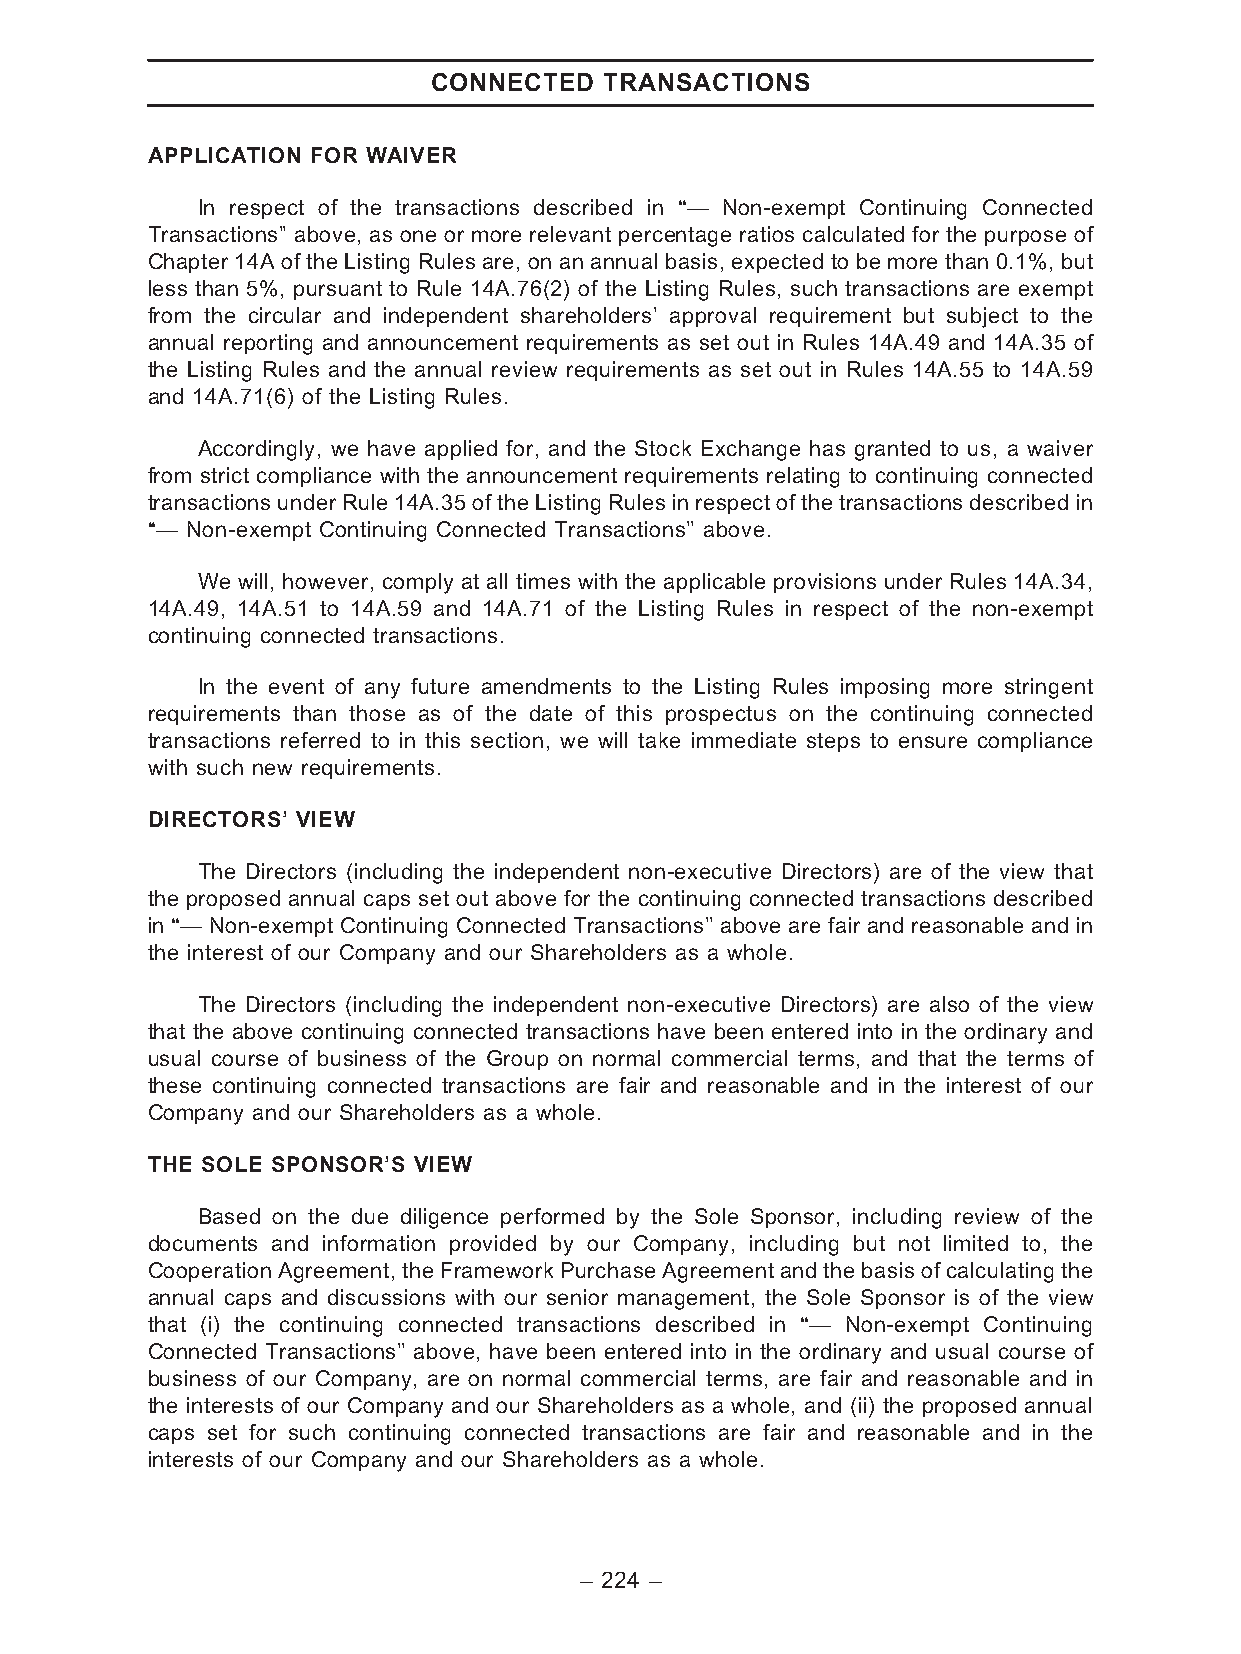
CONNECTED  TRANSACTIONS
 APPLICATION FOR WAIVER
 In respect of the transactions described in ‘‘— Non-exempt Continuing Connected
 Transactions’’ above, as one or more relevant percentage ratios calculated for the purpose of
 Chapter 14A of the Listing Rules are, on an annual basis, expected to be more than 0.1%, but
 less than 5%, pursuant to Rule 14A.76(2) of the Listing Rules, such transactions are exempt
 from the circular and independent shareholders’ approval requirement but subject to the
 annual reporting and announcement requirements as set out in Rules 14A.49 and 14A.35 of
 the Listing Rules and the annual review requirements as set out in Rules 14A.55 to 14A.59
 and 14A.71(6) of the Listing Rules.
 Accordingly, we have applied for, and the Stock Exchange has granted to us, a waiver
 from strict compliance with the announcement requirements relating to continuing connected
 transactionsunderRule14A.35oftheListingRulesinrespectofthetransactionsdescribedin
 ‘‘— Non-exempt Continuing Connected Transactions’’ above.
 We will, however, comply at all times with the applicable provisions under Rules 14A.34,
 14A.49, 14A.51 to 14A.59 and 14A.71 of the Listing Rules in respect of the non-exempt
 continuing connected transactions.
 In the event of any future amendments to the Listing Rules imposing more stringent
 requirements than those as of the date of this prospectus on the continuing connected
 transactions referred to in this section, we will take immediate steps to ensure compliance
 with such new requirements.
 DIRECTORS’ VIEW
 The Directors (including the independent non-executive Directors) are of the view that
 the proposed annual caps set out above for the continuing connected transactions described
 in ‘‘— Non-exempt Continuing Connected Transactions’’ above are fair and reasonable and in
 the interest of our Company and our Shareholders as a whole.
 The Directors (including the independent non-executive Directors) are also of the view
 that the above continuing connected transactions have been entered into in the ordinary and
 usual course of business of the Group on normal commercial terms, and that the terms of
 these continuing connected transactions are fair and reasonable and in the interest of our
 Company and our Shareholders as a whole.
 THE SOLE SPONSOR’S VIEW
 Based on the due diligence performed by the Sole Sponsor, including review of the
 documents and information provided by our Company, including but not limited to, the
 CooperationAgreement,theFrameworkPurchase Agreementandthebasisof calculating the
 annual caps and discussions with our senior management, the Sole Sponsor is of the view
 that (i) the continuing connected transactions described in ‘‘— Non-exempt Continuing
 Connected Transactions’’ above, have been entered into in the ordinary and usual course of
 business of our Company, are on normal commercial terms, are fair and reasonable and in
 the interests of our Company and our Shareholders as a whole, and (ii) the proposed annual
 caps set for such continuing connected transactions are fair and reasonable and in the
 interests of our Company and our Shareholders as a whole.
 – 224 –